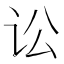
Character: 讼